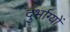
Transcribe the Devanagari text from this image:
दुर्भाग्यों